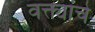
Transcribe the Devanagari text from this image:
वक्त्यांचे